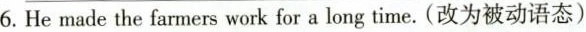
6. He made the farmers work for a long time.（改为被动语态）